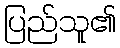
ပြည်သူ၏